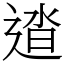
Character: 𨓬